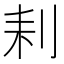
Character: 𠛨